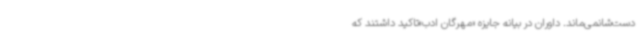
دست‌شانمی‌ماند. داوران در بیانه جایزه «مهرگان ادب»تاکید داشتند که